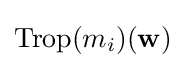
\operatorname {Trop} (m_{i})(\mathbf {w} )